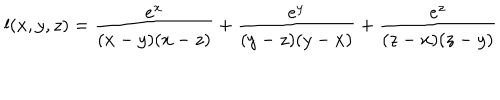
LaTeX: l ( x , y , z ) = \frac { e ^ { x } } { ( x - y ) ( x - z ) } + \frac { e ^ { y } } { ( y - z ) ( y - x ) } + \frac { e ^ { z } } { ( z - x ) ( z - y ) }